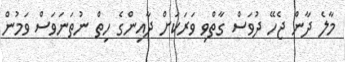
މާލެ ދާން ޖެހޭ ދުވަސް ގާތްވި ވަރަކަށް ދާއިންގެ ހިތް ނުތަނަވަސް ވަމުން